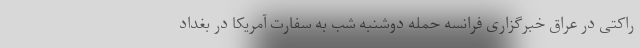
راکتی در عراق خبرگزاری فرانسه حمله دوشنبه شب به سفارت آمریکا در بغداد